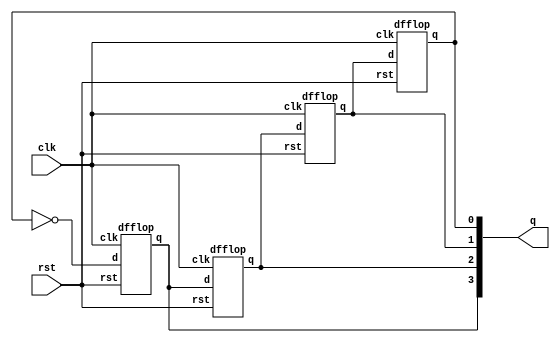
module bit_syn_j(q,clk,rst);
  input clk,rst;
  output [3:0]q;
  wire [3:0]q;
  dfflop s1 (q[3],(~q[0]),clk,rst);
  dfflop s2 (q[2],q[3],clk,rst);
  dfflop s3 (q[1],q[2],clk,rst);
  dfflop s4 (q[0],q[1],clk,rst);
endmodule
  
  
module dfflop(q,d,clk,rst);
  input d,clk,rst;
  output reg q;
  always @ (posedge clk)
  begin
    if(rst)
      q<=0;
    else
      q<=d;
  end
endmodule